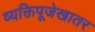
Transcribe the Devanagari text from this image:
व्यक्तिपूजेखातर